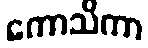
ကောသိကာ